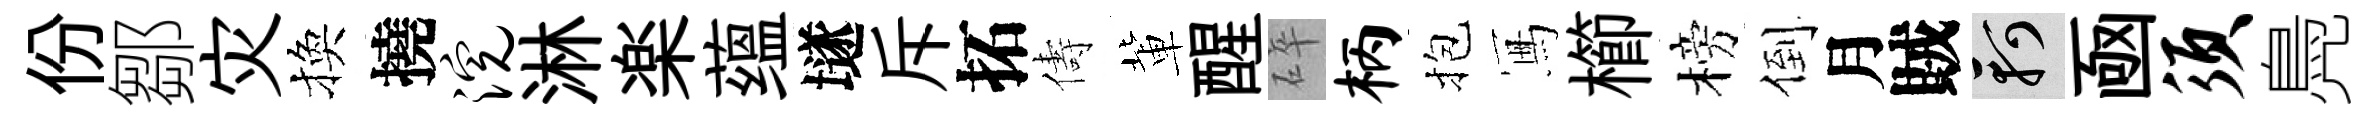
份鄒灾換撓浣淋楽蕴𡑞斥拓儔軰醒碎柄抱冩櫛榜倒月賊軻凾须鳧